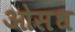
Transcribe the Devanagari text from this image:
ओसध